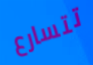
تتسارع